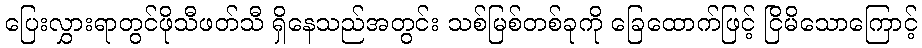
ပြေးလွှားရာတွင်ဖိုသီဖတ်သီ ရှိနေသည်အတွင်း သစ်မြစ်တစ်ခုကို ခြေထောက်ဖြင့် ငြိမိသောကြောင့်